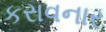
કરાવનાર